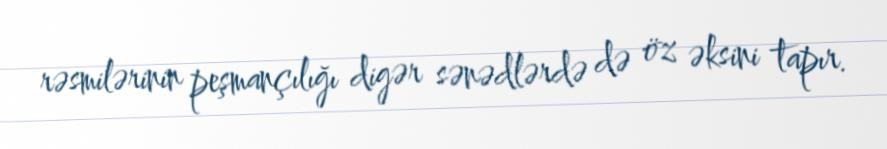
rəsmilərinin peşmançılığı digər sənədlərdə də öz əksini tapır.